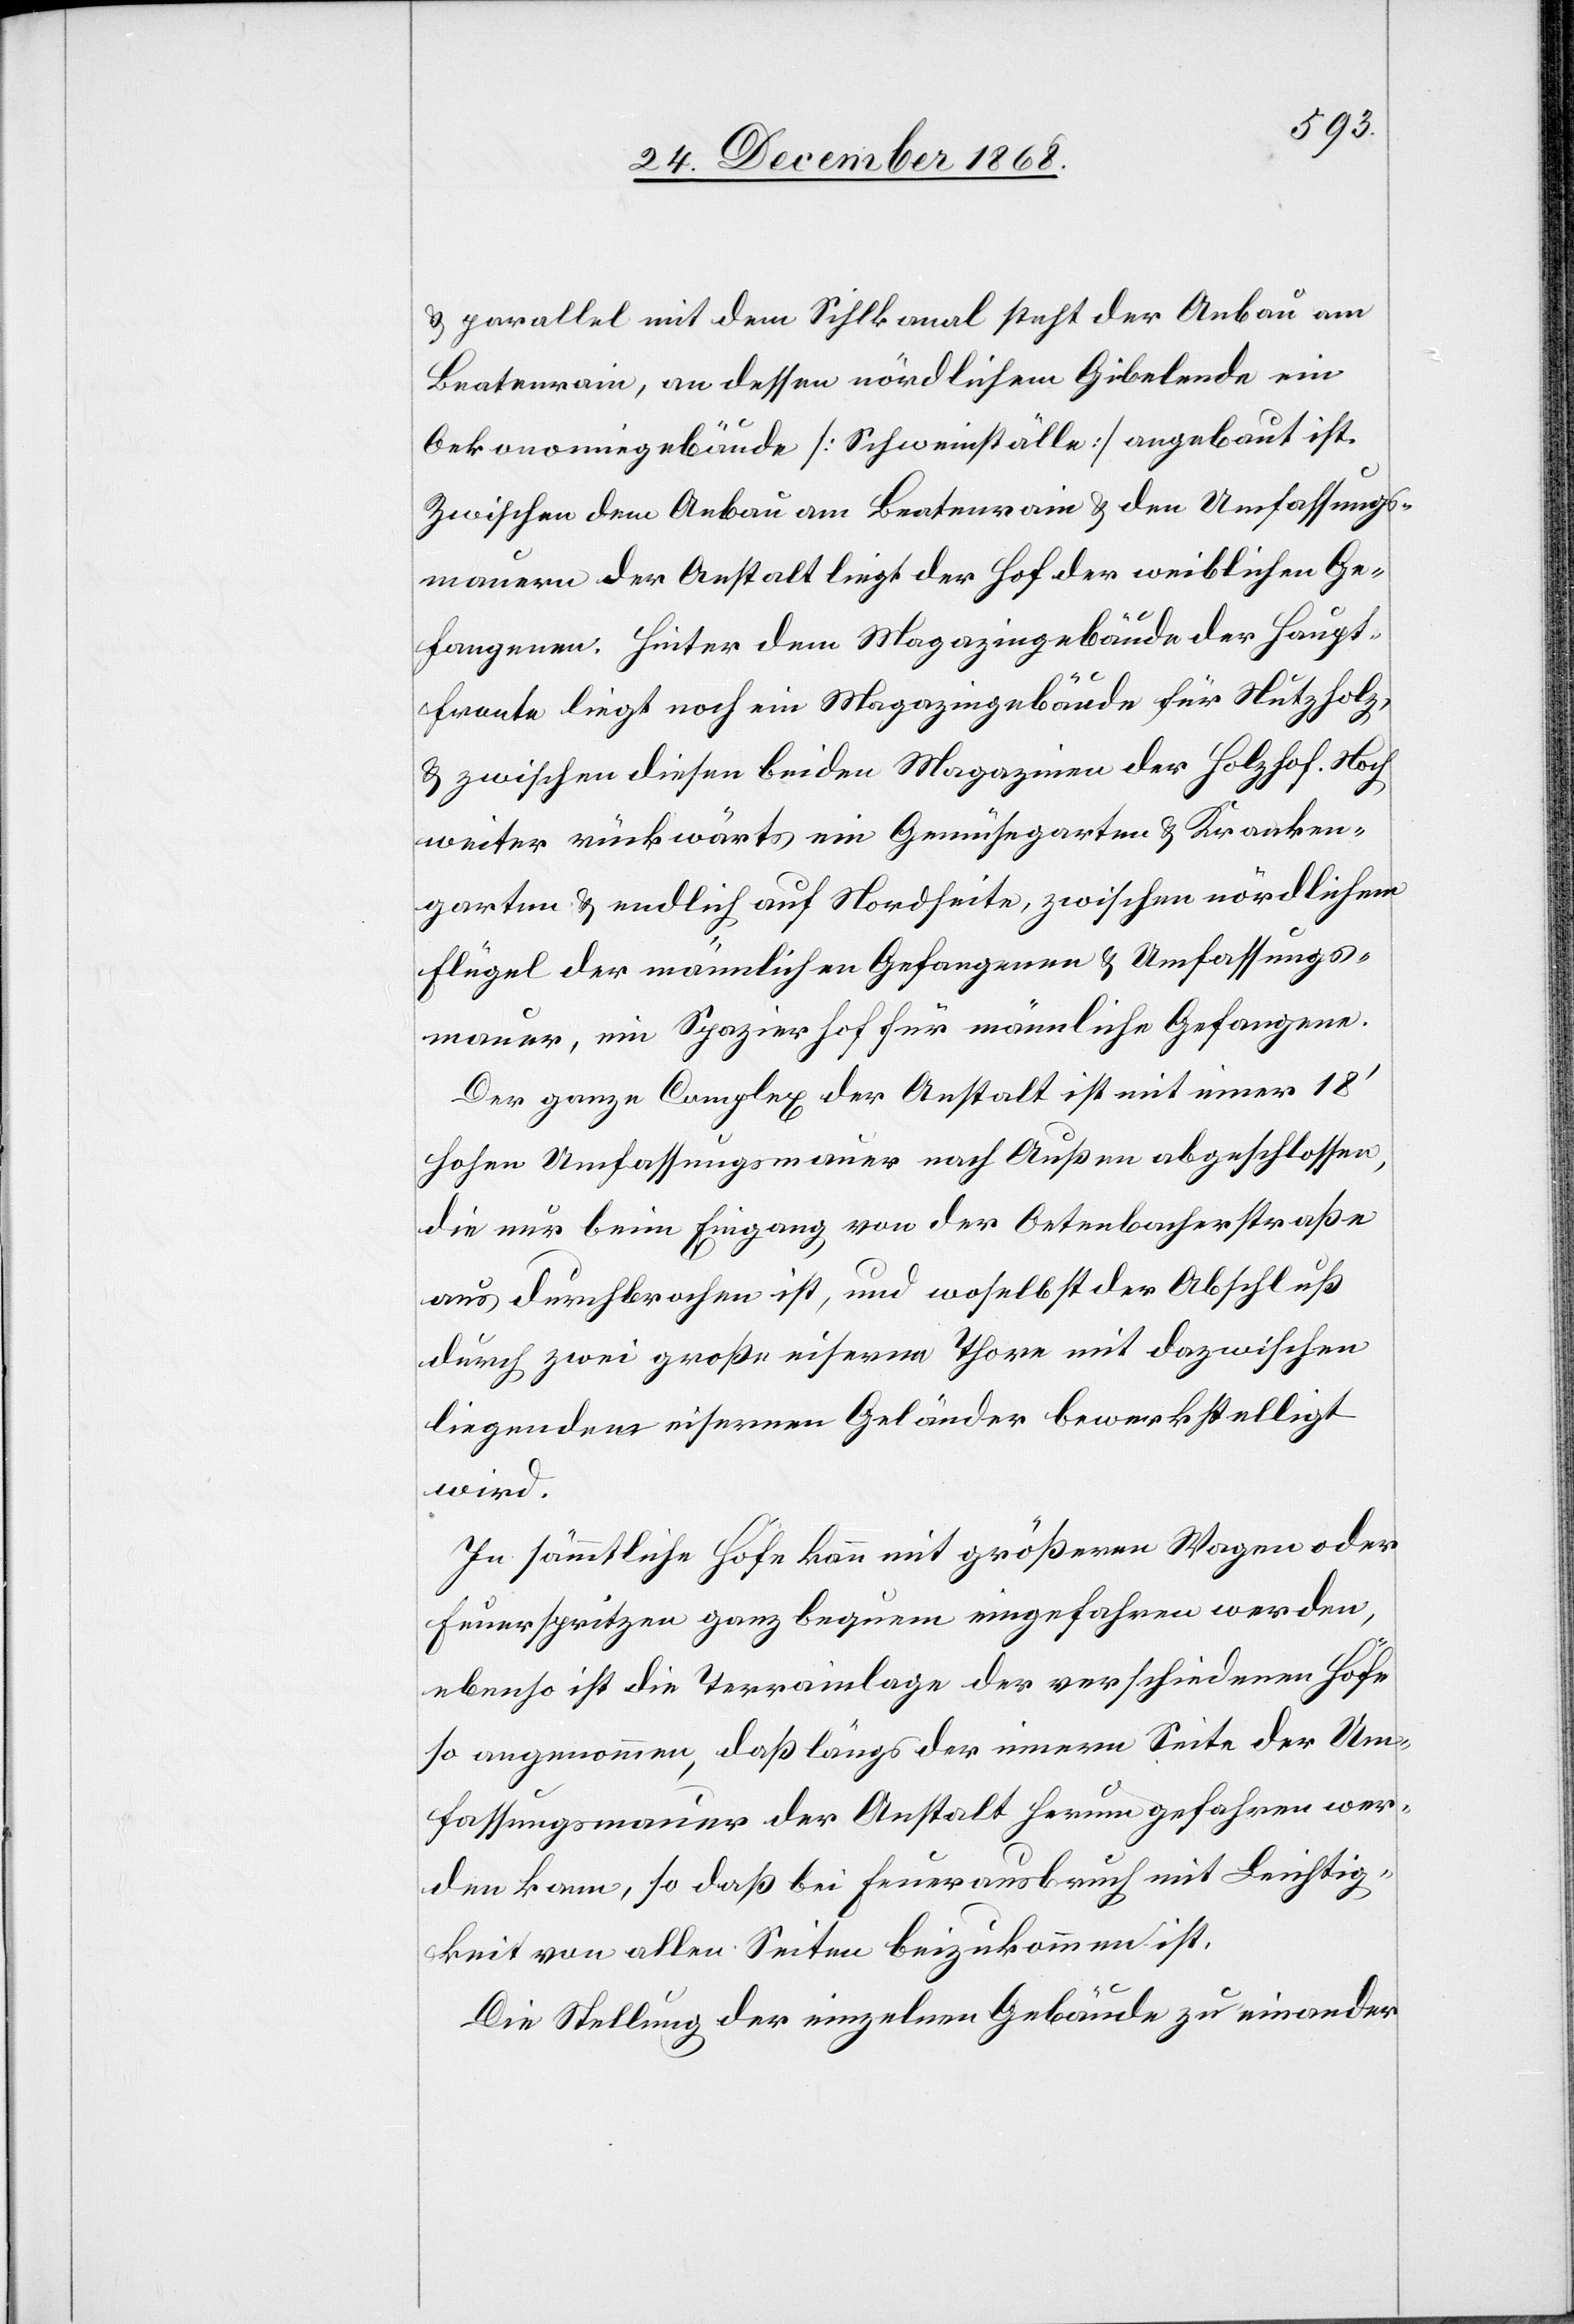
& parallel mit dem Sihlkanal steht der Anbau am
Beatenrain, an dessen nördlichem Gibelende ein
Oekonomiegebäude [Schweinställe] angebaut ist.
Zwischen dem Anbau am Beatenrain & den Umfassungs¬
mauern der Anstalt liegt der Hof der weiblichen Ge¬
fangenen. Hinter dem Magazingebäude der Haupt¬
fronte liegt noch ein Magazingebäude für Nutzholz,
& zwischen diesen beiden Magazinen der Holzhof. Noch
weiter rückwärts ein Gemüsegarten & Kranken¬
garten & endlich auf Nordseite, zwischen nördlichem
Flügel der männlichen Gefangenen & Umfassungs¬
mauer, ein Spazierhof für männliche Gefangene.
Der ganze Complex der Anstalt ist mit einer 18‘
hohen Umfassungsmauer nach Außen abgeschlossen,
die nur beim Eingang von der Oetenbacherstraße
aus durchbrochen ist, und woselbst der Abschluß
durch zwei große eiserne Thore mit dazwischen
liegendem eisernen Geländer bewerkstelligt
wird.
In sämmtliche Höfe kann mit größeren Wagen oder
Feuerspritzen ganz bequem eingefahren werden,
ebenso ist die Terrainlage der verschiedenen Höfe
so angenommen, daß längs der innern Seite der Um¬
fassungsmauer der Anstalt herum gefahren wer¬
den kann, so daß bei Feuerausbruch mit Leichtig¬
keit von allen Seiten beizukommen ist.
Die Stellung der einzelnen Gebäude zu einander